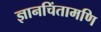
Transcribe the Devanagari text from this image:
ज्ञानचिंतामणि